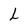
Character: L